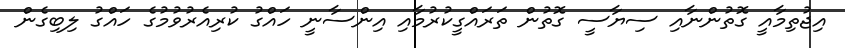
އިޖުތިމާއީ ގޮތުންނާއި ސިޔާސީ ގޮތުން ތަރައްގީކުރުމާއި އިންސާނީ ހައްގު ކުރިއެރުވުމުގެ ހައްގު ލިބިގެން